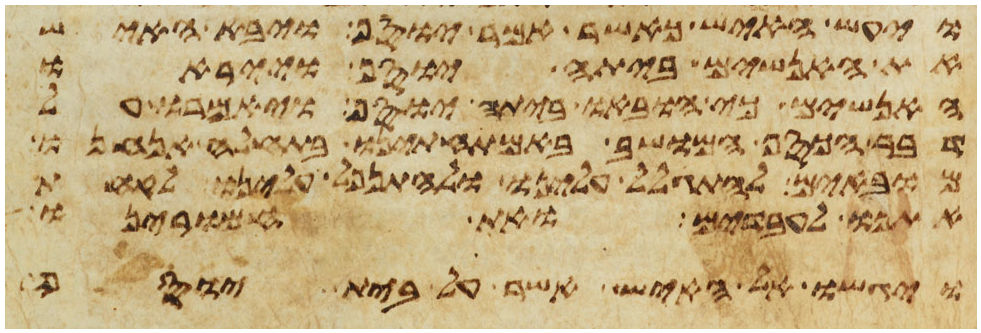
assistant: ויעש האיש כאשר אמר יוסף ויבא האיש
את האנשים ביתה יוסף וייראו
האנשים כי הובאו ביתה יוסף ויאמרו על
דבר הכסף המושב באמתחתינו בתחלה אנחנו
מובאים להתגלל עלינו ולהתנפל עלינו לקחת
אתנו לעבדים ואת חמרינו
ויגשו אל האיש אשר על בית יוסף